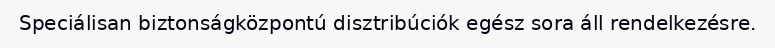
Speciálisan biztonságközpontú disztribúciók egész sora áll rendelkezésre.